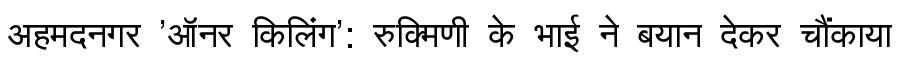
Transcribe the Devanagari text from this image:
अहमदनगर 'ऑनर किलिंग': रुक्मिणी के भाई ने बयान देकर चौंकाया